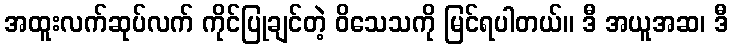
အထူးလက်ဆုပ်လက် ကိုင်ပြုချင်တဲ့ ဝိသေသကို မြင်ရပါတယ်။ ဒီ အယူအဆ၊ ဒီ